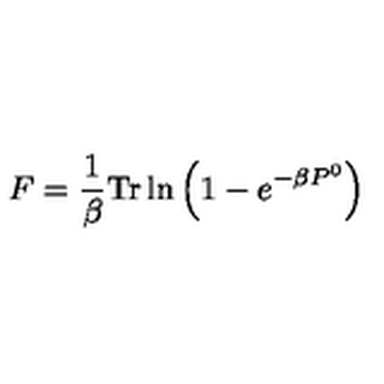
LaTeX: F = \frac { 1 } { \beta } \mathrm { T r } \ln \left( 1 - e ^ { - \beta P ^ { 0 } } \right)